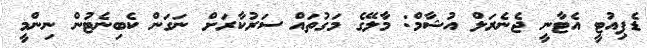
ޑެޕިއުޓީ އެޓާނީ ޖެނެރަލް އުޝާމް: މާލޭގެ މަގުތައް ސަރުކާރަށް ނަގަން ކެބިނެޓުން ނިންމީ